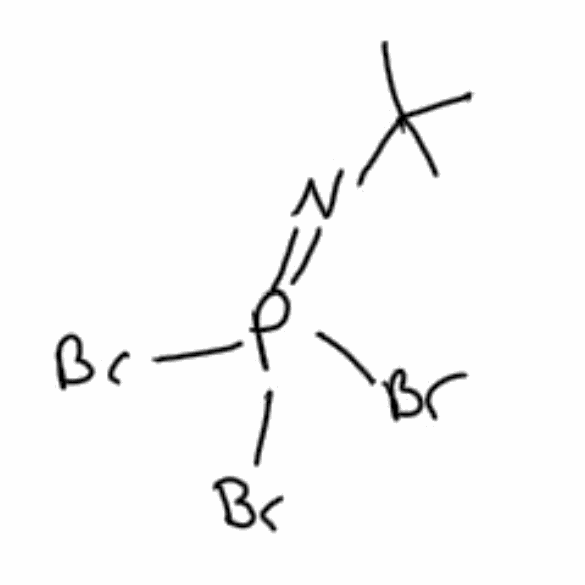
Simplified molecular-input line-entry system (SMILES) notation of the given molecule:
CC(C)(C)N=P(Br)(Br)Br